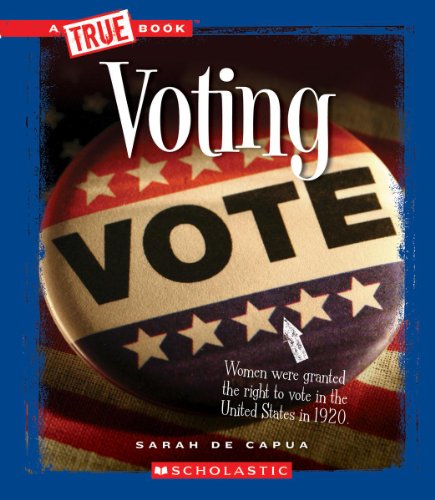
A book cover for Voting (True Books); Sarah De Capua; Children's Books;